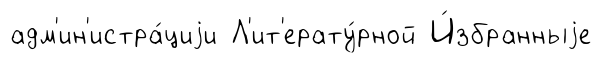
адм'ин'истра́циjи Л'ит'ерату́рной И́збранныjе